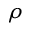
\rho